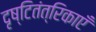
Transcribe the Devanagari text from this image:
दृष्टितंत्रिकाएँ